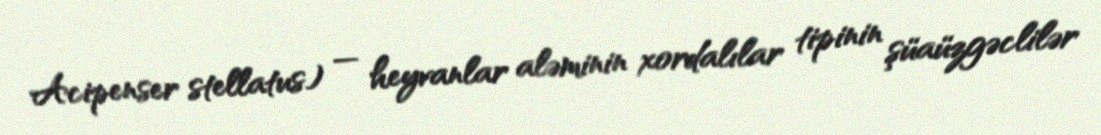
Acipenser stellatus) — heyvanlar aləminin xordalılar tipinin şüaüzgəclilər